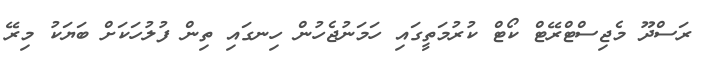
ރަސްދޫ މެޖިސްޓްރޭޓް ކޯޓް ކުރުމަތީގައި ހަމަނުޖެހުން ހިނގައި ތިން ފުލުހަކަށް ބަޔަކު މިރޭ